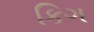
કિગ